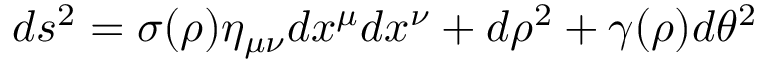
d s ^ { 2 } = \sigma ( \rho ) \eta _ { \mu \nu } d x ^ { \mu } d x ^ { \nu } + d \rho ^ { 2 } + \gamma ( \rho ) d \theta ^ { 2 }